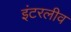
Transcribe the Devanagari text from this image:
इंटरलीव